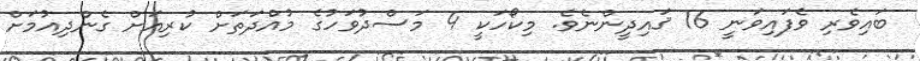
ބައިވެރި ވެފައިވަނީ 16 ޤައިދީންނެވެ. މިކޯހަކީ 4 މަސްދުވަހުގެ މުއްދަތަށް ކުރިއަށް ގެންދިއުމަށް